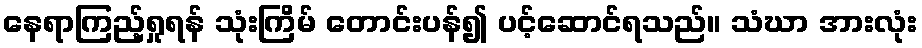
နေရာကြည့်ရှုရန် သုံးကြိမ် တောင်းပန်၍ ပင့်ဆောင်ရသည်။ သံဃာ အားလုံး